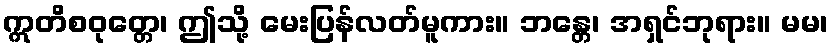
ဣတိစဝုတ္တေ၊ ဤသို့ မေးပြန်လတ်မူကား။ ဘန္တေ၊ အရှင်ဘုရား။ မမ၊